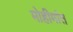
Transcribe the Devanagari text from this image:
मोहीमांत